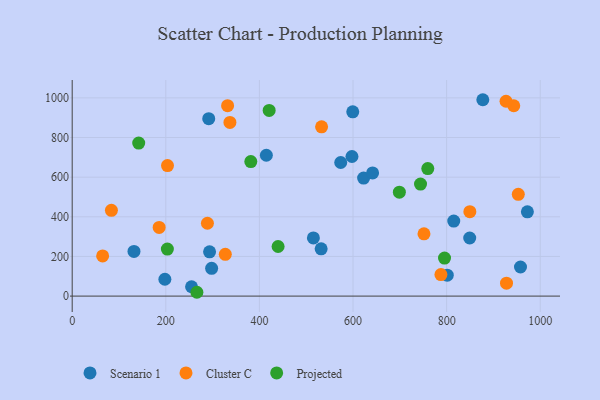
{"axis": {"x": "Distance", "y": "Profit"}, "legend": ["Cluster C", "Projected", "Scenario 1"], "data": [{"x": "849.3", "y": 293.1, "type": "Scenario 1"}, {"x": "801.3", "y": 105.5, "type": "Scenario 1"}, {"x": "972.5", "y": 424.9, "type": "Scenario 1"}, {"x": "132.0", "y": 225.2, "type": "Scenario 1"}, {"x": "573.7", "y": 674.0, "type": "Scenario 1"}, {"x": "297.9", "y": 140.2, "type": "Scenario 1"}, {"x": "622.6", "y": 595.5, "type": "Scenario 1"}, {"x": "293.5", "y": 223.1, "type": "Scenario 1"}, {"x": "414.8", "y": 710.5, "type": "Scenario 1"}, {"x": "515.3", "y": 293.3, "type": "Scenario 1"}, {"x": "957.8", "y": 146.7, "type": "Scenario 1"}, {"x": "815.2", "y": 378.5, "type": "Scenario 1"}, {"x": "597.7", "y": 704.2, "type": "Scenario 1"}, {"x": "877.3", "y": 990.6, "type": "Scenario 1"}, {"x": "531.9", "y": 238.4, "type": "Scenario 1"}, {"x": "599.4", "y": 929.7, "type": "Scenario 1"}, {"x": "255.0", "y": 47.1, "type": "Scenario 1"}, {"x": "641.8", "y": 621.2, "type": "Scenario 1"}, {"x": "291.7", "y": 895.1, "type": "Scenario 1"}, {"x": "198.0", "y": 85.1, "type": "Scenario 1"}, {"x": "288.9", "y": 367.5, "type": "Cluster C"}, {"x": "83.8", "y": 432.6, "type": "Cluster C"}, {"x": "185.8", "y": 346.5, "type": "Cluster C"}, {"x": "849.6", "y": 425.7, "type": "Cluster C"}, {"x": "203.6", "y": 658.5, "type": "Cluster C"}, {"x": "337.0", "y": 875.9, "type": "Cluster C"}, {"x": "751.6", "y": 314.2, "type": "Cluster C"}, {"x": "943.4", "y": 960.3, "type": "Cluster C"}, {"x": "332.0", "y": 960.8, "type": "Cluster C"}, {"x": "65.0", "y": 202.9, "type": "Cluster C"}, {"x": "532.8", "y": 853.9, "type": "Cluster C"}, {"x": "926.9", "y": 983.0, "type": "Cluster C"}, {"x": "327.1", "y": 210.8, "type": "Cluster C"}, {"x": "787.8", "y": 108.5, "type": "Cluster C"}, {"x": "927.9", "y": 65.3, "type": "Cluster C"}, {"x": "953.1", "y": 513.5, "type": "Cluster C"}, {"x": "266.4", "y": 19.3, "type": "Projected"}, {"x": "142.1", "y": 772.1, "type": "Projected"}, {"x": "699.0", "y": 524.0, "type": "Projected"}, {"x": "744.2", "y": 564.9, "type": "Projected"}, {"x": "759.7", "y": 643.5, "type": "Projected"}, {"x": "439.9", "y": 250.3, "type": "Projected"}, {"x": "203.3", "y": 237.1, "type": "Projected"}, {"x": "381.6", "y": 678.7, "type": "Projected"}, {"x": "420.8", "y": 936.8, "type": "Projected"}, {"x": "795.5", "y": 191.8, "type": "Projected"}]}